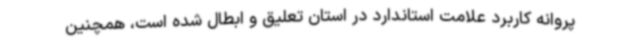
پروانه کاربرد علامت استاندارد در استان تعلیق و ابطال شده است، همچنین